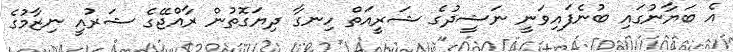
އެ ބަޔާނުގައި ބުނެފައިވަނީ ނަޝީދުގެ ޝަރީއަތް ހިނގާ ދިޔަގޮތުން ރާއްޖޭގެ ޝަރުއީ ނިޒާމުގެ